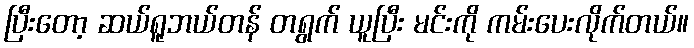
ပြီးတော့ ဆယ်ရူဘယ်တန် တရွက် ယူပြီး မင်းကို ကမ်းပေးလိုက်တယ်။